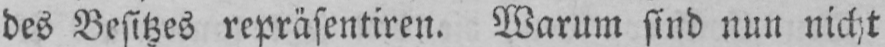
des Besitzes repräsentiren. Warum sind nun nicht